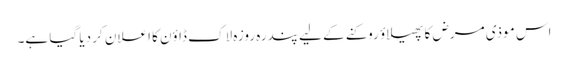
اس موذی مرض کا پھیلاؤ روکنے کے لیے پندرہ روزہ لاک ڈاؤن کا اعلان کر دیا گیا ہے۔